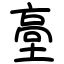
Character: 㙜